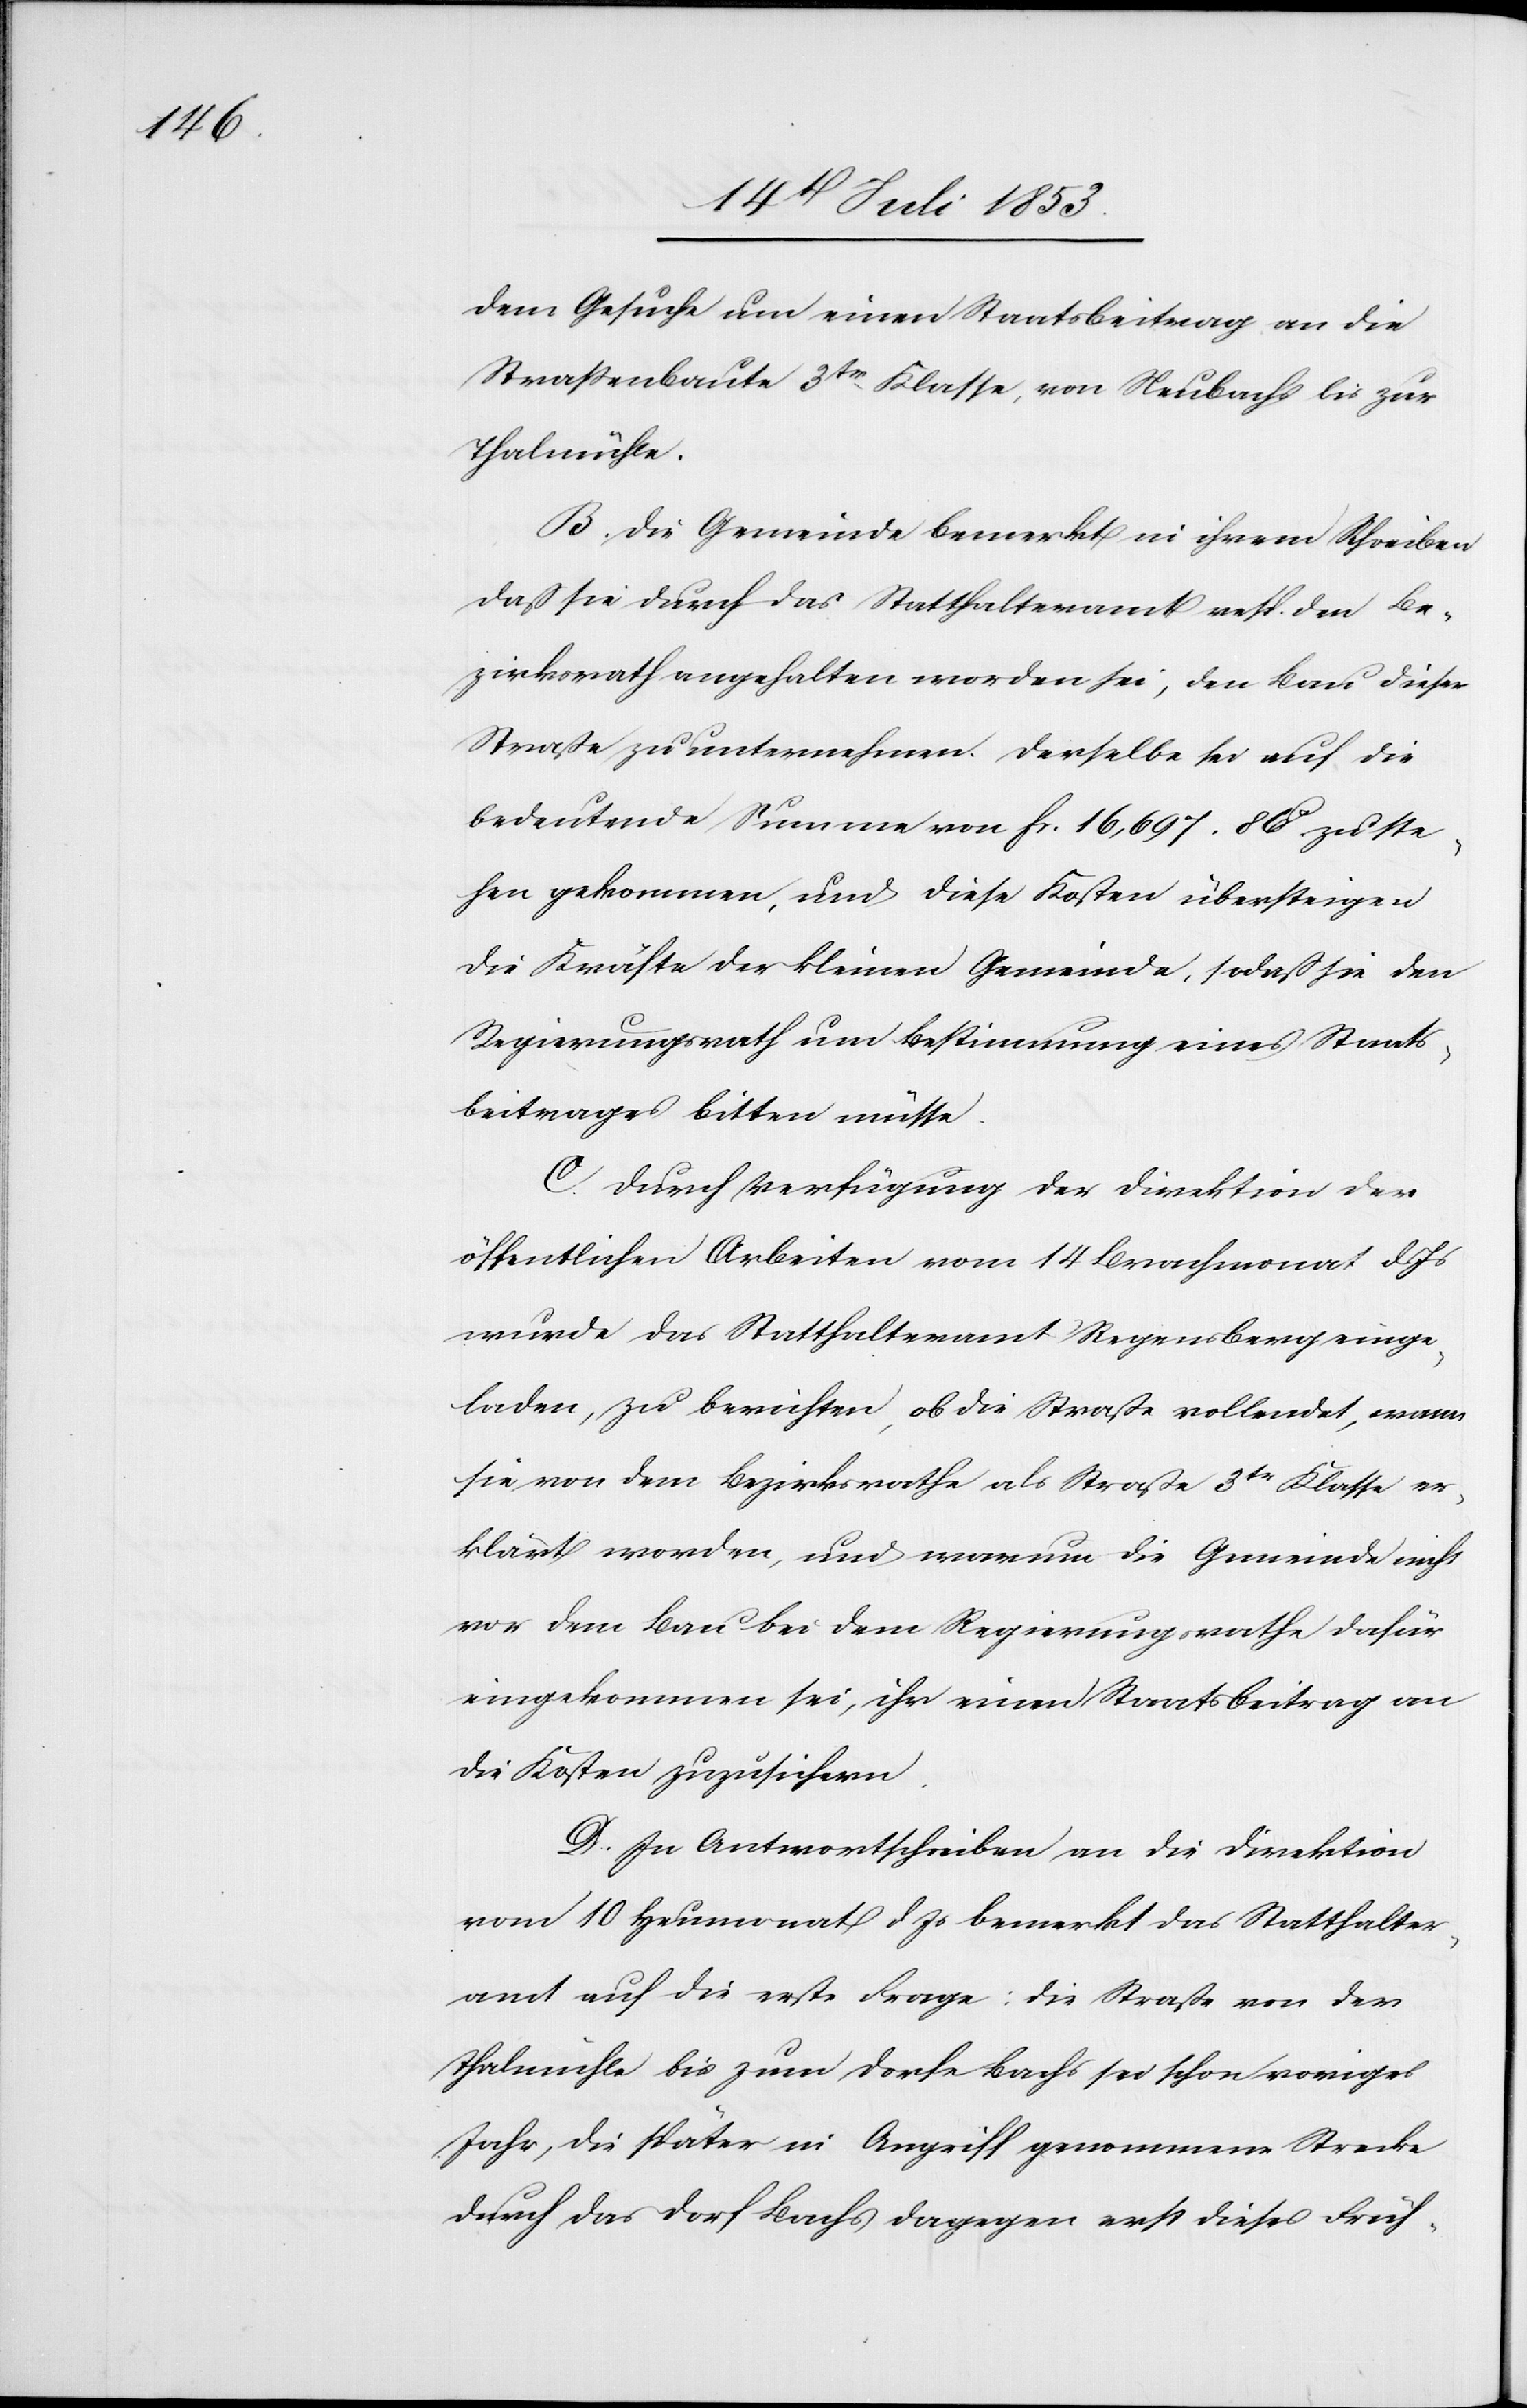
dem Gesuche um einen Staatsbeitrag an die
Straßenbaute 3tr Klasse, von Neubachs bis zur
Thalmühle.
B. Die Gemeinde bemerkt in ihrem Schreiben
daß sie durch das Statthalteramt resp. den Be¬
zirksrath angehalten worden sei, den Bau dieser
Straße zu unternehmen. Derselbe sei auf die
bedeutende Summe von fr. 16,697. 86c zu ste¬
hen gekommen, und diese Kosten übersteigen
die Kräfte der kleinen Gemeinde, sodaß sie den
Regierungsrath um Bestimmung eines Staats¬
beitrages bitten müsse.
C. Durch Verfügung der Direktion der
öffentlichen Arbeiten vom 14 Brachmonat d.
wurde das Statthalteramt Regensberg einge¬
laden, zu berichten, ob die Straße vollendet, wann
sie, von dem Bezirksrathe als Straße 3tr Klasse er¬
klärt worden, und warum die Gemeinde nicht
vor dem Bau bei dem Regierungsrathe dafür
eingekommen sei, ihr einen Staatsbeitrag an
die Kosten zuzusichern.
D. In Antwortschreiben an die Direktion
vom 10 Heumonat d. Js. bemerkt das Statthalter¬
amt auf die erste Frage: die Straße von der
Thalmühle bis zum Dorfe Bachs sei schon voriges
Jahr, die später in Angriff genommene Strecke
durch das Dorf Bachs dagegen erst dieses Früh-